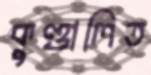
কুণ্ডালিত